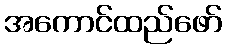
အကောင်ထည်ဖော်